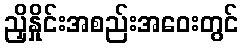
ညှိနှိုင်းအစည်းအဝေးတွင်